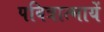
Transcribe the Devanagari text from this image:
पवित्रात्मायें